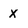
Character: X